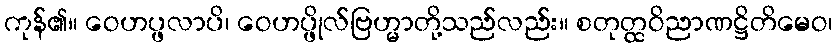
ကုန်၏။ ဝေဟပ္ဖလာပိ၊ ဝေဟပ္ဖိုလ်ဗြဟ္မာတို့သည်လည်း။ စတုတ္ထဝိညာဏဋ္ဌိတိမေဝ၊